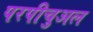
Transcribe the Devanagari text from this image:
परपीचुअल